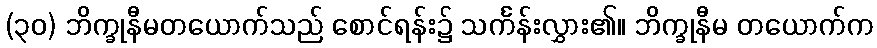
(၃၀) ဘိက္ခုနီမတယောက်သည် စောင်ရန်း၌ သင်္ကန်းလွှား၏။ ဘိက္ခုနီမ တယောက်က